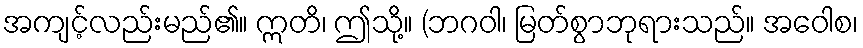
အကျင့်လည်းမည်၏။ ဣတိ၊ ဤသို့။ (ဘဂဝါ၊ မြတ်စွာဘုရားသည်။ အဝေါစ၊